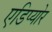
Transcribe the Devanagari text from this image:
एडिप्योर